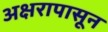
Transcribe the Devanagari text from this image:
अक्षरापासून